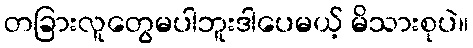
တခြားလူတွေမပါဘူးဒါပေမယ့် မိသားစုပဲ။